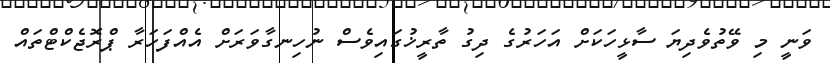
ވަނީ މި ވޭތުވެދިޔަ ސާޅީހަކަށް އަހަރުގެ ދިގު ތާރީޚުގައިވެސް ނުހިނގާވަރަށް އެއްފަހަރާ ޕްރޮޖެކްޓްތައް